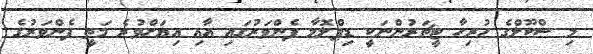
މި ސްކޫލްގެ ހުރިހާ ޓީޗަރުންނަކީ ޑިޕްލޮމާ ފެންވަރުގައި އާއި އިޔަށްވުރެ މަތީ ފެންވަރުގެ